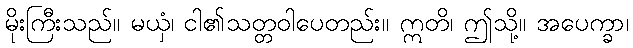
မိုးကြီးသည်။ မယှံ၊ ငါ၏သတ္တဝါပေတည်း။ ဣတိ၊ ဤသို့။ အပေက္ခာ၊